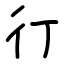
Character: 㣔